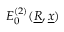
E _ { 0 } ^ { ( 2 ) } ( \underline { { R } } , \underline { { x } } )